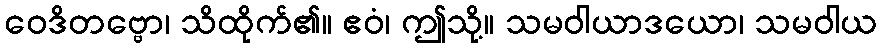
ဝေဒိတဗ္ဗော၊ သိထိုက်၏။ ဧဝံ၊ ဤသို့။ သမဝါယာဒယော၊ သမဝါယ